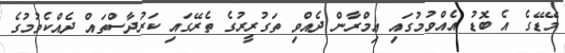
މޭޑޭގެ އެ ބޮޑު އެއްވުމުގައި އިމްރާން ދެއްވި ތަގުރީރުގެ ތެރޭގައި ކަރުދާސްތައް ދެއްކެވުމުގެ